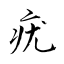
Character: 疣